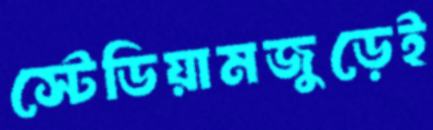
স্টেডিয়ামজুড়েই